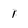
Character: 1